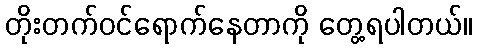
တိုးတက်ဝင်ရောက်နေတာကို တွေ့ရပါတယ်။